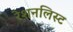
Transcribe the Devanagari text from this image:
रेशनलिस्ट